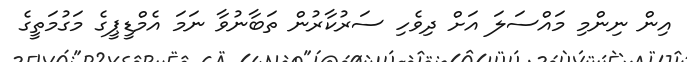
އިން ނިންމި މައްސަލަ އަށް ދިވެހި ސަރުކާރުން ތަބާނުވާ ނަމަ އެމްޑީޕީގެ މަގުމަތީގެ